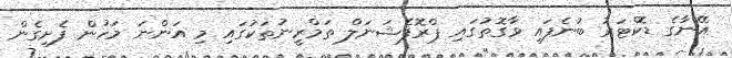
އޭނާގެ ޑޮކްޓަރު ބުނެފައި ވާގޮތުގައި ޕްރޮފެޝަނަލް ތަމްރީނުތަކުގައި މި އަންނަ މަހުން ފެށިގެން